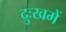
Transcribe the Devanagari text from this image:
दुःखमें